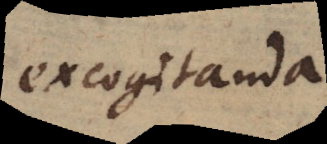
excogitanda